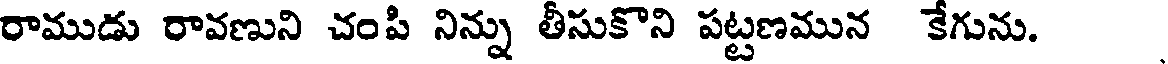
రాముడు రావణుని చంపి నిన్ను తీసుకొని పట్టణమున కేగును.